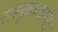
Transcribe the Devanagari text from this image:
संस्कृताधारित